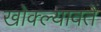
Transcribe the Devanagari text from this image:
खोक्ल्यावते